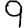
Digit: 9